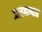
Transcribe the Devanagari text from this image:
जलबाष्पात